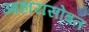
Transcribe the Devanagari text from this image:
आहारासोबत